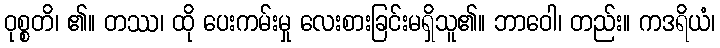
ဝုစ္စတိ၊ ၏။ တဿ၊ ထို ပေးကမ်းမှု လေးစားခြင်းမရှိသူ၏။ ဘာဝေါ၊ တည်း။ ကဒရိယံ၊